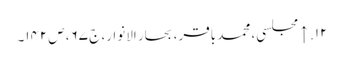
۱۲. ↑ مجلسی، محمد باقر، بحار الانوار، ج‌ ۶۷، ص‌۱۴۲۔